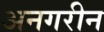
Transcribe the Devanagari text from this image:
अनगरीन